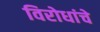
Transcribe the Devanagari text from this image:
विरोधांचे